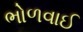
ભોળવાઈ